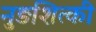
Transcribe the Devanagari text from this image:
नुङशित्की